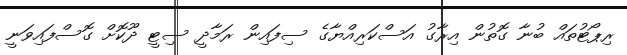
ރިޕޯޓުތައް ބުނާ ގޮތުން އިރާގު އަސްކަރިއްޔާގެ ސިފައިން ރަމާދީ ސިޓީ ދޫކޮށް ގޮސްފައިވަނީ